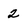
Character: 2